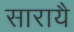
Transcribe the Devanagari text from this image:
सारायै